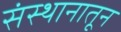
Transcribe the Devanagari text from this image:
संस्थानातून